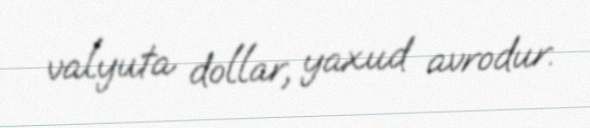
valyuta dollar, yaxud avrodur.